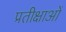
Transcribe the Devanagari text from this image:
प्रतीक्षाओं